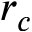
r _ { c }